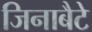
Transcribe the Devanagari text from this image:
जिनाबैटे